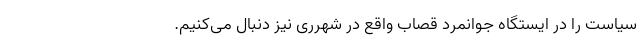
سیاست را در ایستگاه جوانمرد قصاب واقع در شهرری نیز دنبال می‌کنیم.